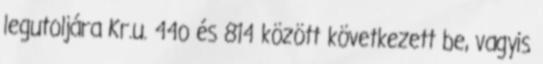
legutoljára Kr.u. 44o és 814 között következett be, vagyis